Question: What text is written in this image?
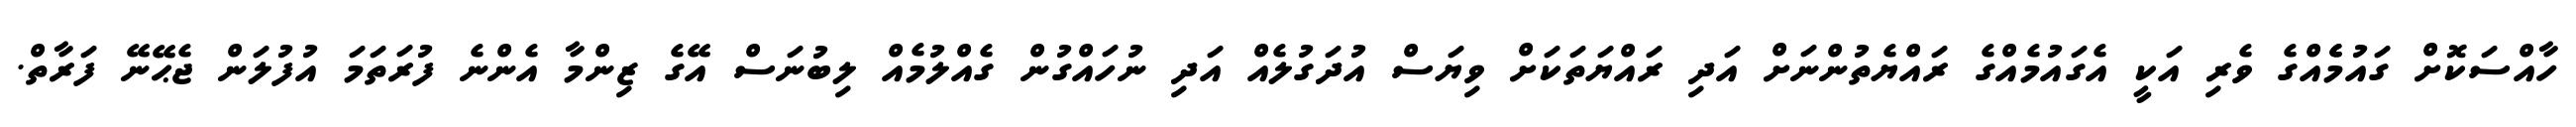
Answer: ހާއްސަކޮށް ގައުމެެއްގެ ވެރި އަކީ އެގައުމެއްގެ ރައްޔެތުންނަށް އަދި ރައްޔަތަކަށް ވިޔަސް އުދަގުލެއް އަދި ނުހައްގުން ގެއްލުމެއް ލިބުނަސް އޭގެ ޒިންމާ އެންނެ ފުރަތަމަ އުފުލަން ޖެޙޭނޭ ފަރާތް.